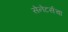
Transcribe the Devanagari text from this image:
सेनेटर्सचा